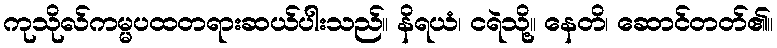
ကုသိုလ်ကမ္မပထတရားဆယ်ပါးသည်။ နိရယံ၊ ငရဲသို့။ နေတိ၊ ဆောင်တတ်၏။